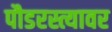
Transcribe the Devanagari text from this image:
पौडरस्त्यावर